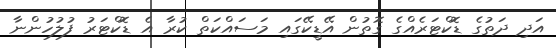
އަދި ދަތުގެ ޑޮކްޓަރެއްގެ ގޮތުން އޭޑީކޭގައި މަސައްކަތް ކުރާ އެ ޑޮކްޓަރު ފުލުހުންނާ